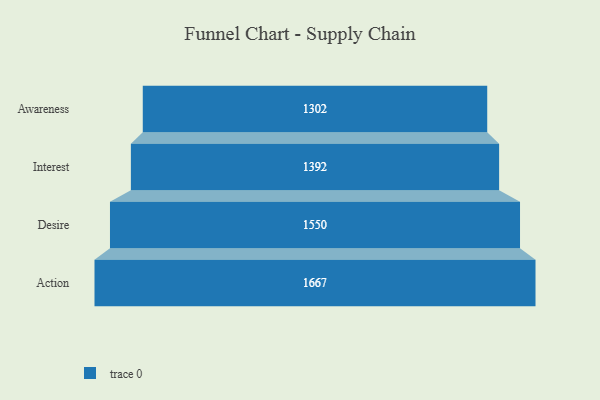
{"axis": {"x": "Stage", "y": "Value"}, "legend": [""], "data": [{"x": "Awareness", "y": 1302.0, "type": ""}, {"x": "Interest", "y": 1392.0, "type": ""}, {"x": "Desire", "y": 1550.0, "type": ""}, {"x": "Action", "y": 1667.0, "type": ""}]}